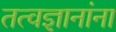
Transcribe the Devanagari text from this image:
तत्वज्ञानांना